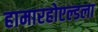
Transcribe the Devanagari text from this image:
हामारहोएल्डला